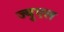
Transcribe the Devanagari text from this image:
ज्युएल